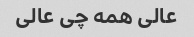
عالی همه چی عالی